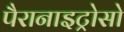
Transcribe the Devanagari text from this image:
पैरानाइट्रोसो